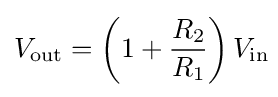
V_{\text{out}}=\left(1+{\frac {R_{\text{2}}}{R_{\text{1}}}}\right)V_{\text{in}}\!